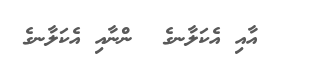
އާއި އެކަލާނގެ  ންނާއި އެކަލާނގެ